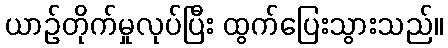
ယာဉ်တိုက်မှုလုပ်ပြီး ထွက်ပြေးသွားသည်။